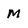
Character: M